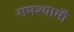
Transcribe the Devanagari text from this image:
रामश्यामौ